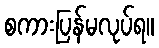
စကားပြန်မလုပ်ရ။